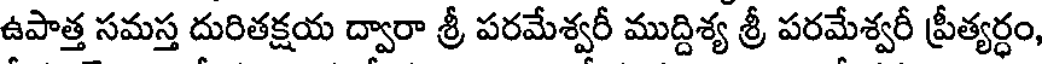
ఉపాత్త సమస్త దురితక్షయ ద్వారా శ్రీ పరమేశ్వరీ ముద్దిశ్య శ్రీ పరమేశ్వరీ ప్రీత్యర్ధం,